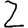
Digit: 2